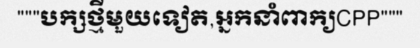
"""បក្សថ្មីមួយទៀត,អ្នកនាំពាក្យCPP"""